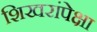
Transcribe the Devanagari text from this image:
शिखरांपेक्षा